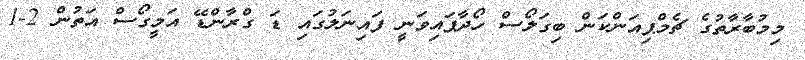
މިމުބާރާތުގެ ޗެމްޕިއަންކަން ބިގަލޯސް ހޯދާފައިވަނީ ފައިނަލުގައި ޑަ ގްރާންޑޭ އަމީގޯސް އަތުން 2-1